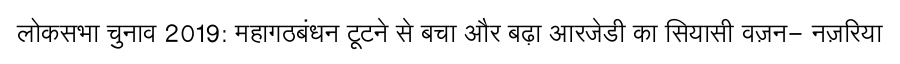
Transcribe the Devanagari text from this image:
लोकसभा चुनाव 2019: महागठबंधन टूटने से बचा और बढ़ा आरजेडी का सियासी वज़न- नज़रिया